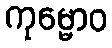
ကုမ္မောဝ